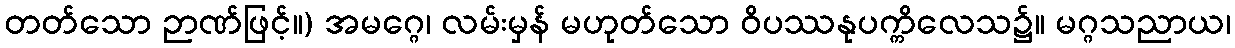
တတ်သော ဉာဏ်ဖြင့်။) အမဂ္ဂေ၊ လမ်းမှန် မဟုတ်သော ဝိပဿနုပက္ကိလေသ၌။ မဂ္ဂသညာယ၊